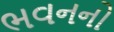
ભવનનો